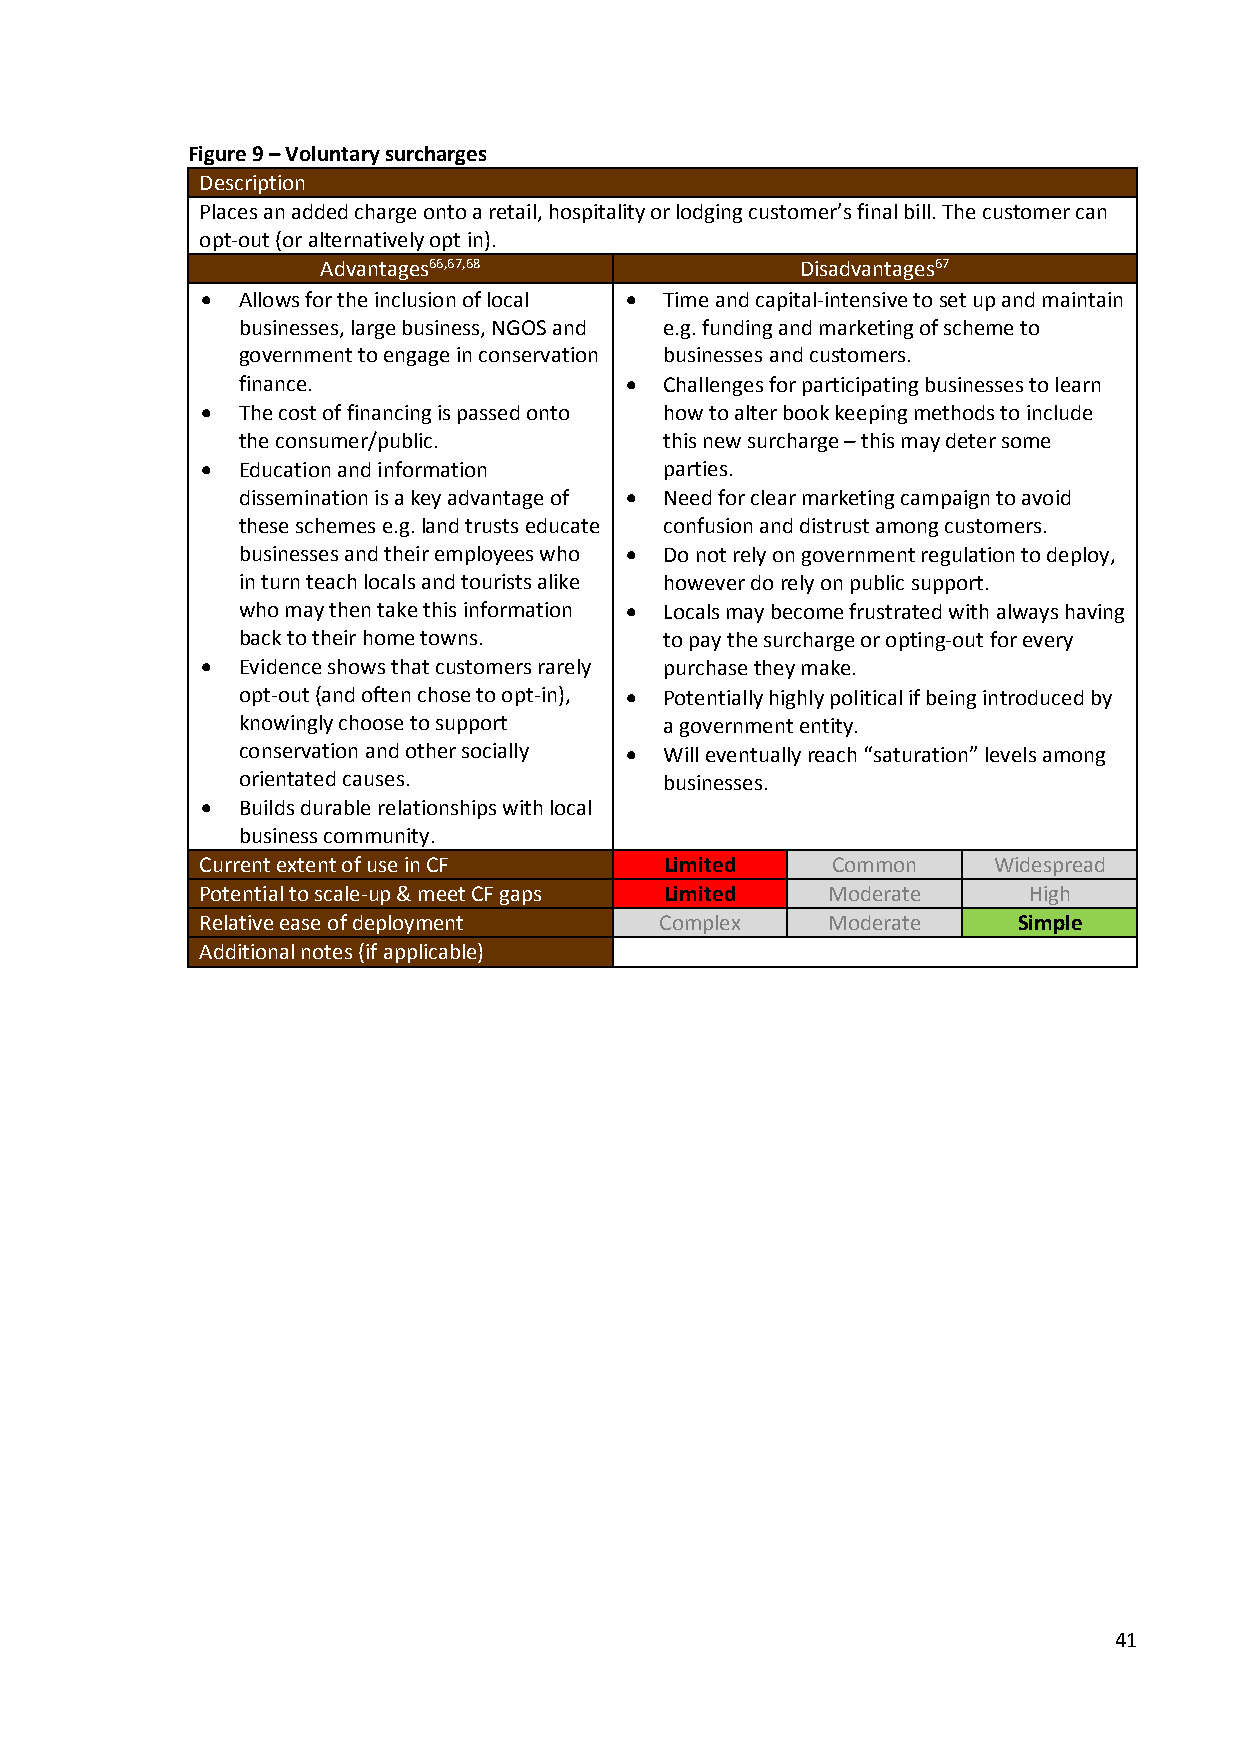
Figure 9 – Voluntary surcharges
 Description
 Places an added charge onto a retail, hospitality or lodging customer’s final bill. The customer can
 opt-out (or alternatively opt in).
 Advantages66,67,68              Disadvantages67
   Allows for the inclusion of local  Time and capital-intensive to set up and maintain
 businesses, large business, NGOS and e.g. funding and marketing of scheme to
 government to engage in conservation businesses and customers.
 finance.                   Challenges for participating businesses to learn
   The cost of financing is passed onto how to alter book keeping methods to include
 the consumer/public.        this new surcharge – this may deter some
   Education and information   parties.
 dissemination is a key advantage of  Need for clear marketing campaign to avoid
 these schemes e.g. land trusts educate confusion and distrust among customers.
 businesses and their employees who  Do not rely on government regulation to deploy,
 in turn teach locals and tourists alike however do rely on public support.
 who may then take this information  Locals may become frustrated with always having
 back to their home towns.   to pay the surcharge or opting-out for every
   Evidence shows that customers rarely purchase they make.
 opt-out (and often chose to opt-in),  Potentially highly political if being introduced by
 knowingly choose to support a government entity.
 conservation and other socially  Will eventually reach “saturation” levels among
 orientated causes.          businesses.
   Builds durable relationships with local
 business community.
 Current extent of use in CF    Limited    Common     Widespread
 Potential to scale-up & meet CF gaps Limited Moderate  High
 Relative ease of deployment    Complex    Moderate    Simple
 Additional notes (if applicable)
 41